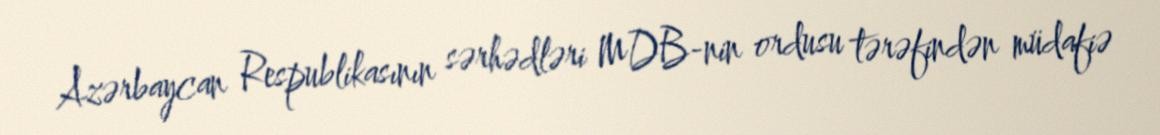
Azərbaycan Respublikasının sərhədləri MDB-nin ordusu tərəfindən müdafiə